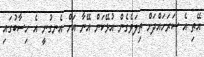
އޭތި އެ ސަރަހައްދަށް ތިލަވެގެން އުޅޭކަން އޭނާ އަށް އެނގުނީ އެ ހިސާބުގައި